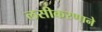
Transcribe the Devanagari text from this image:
लसीकरणाने